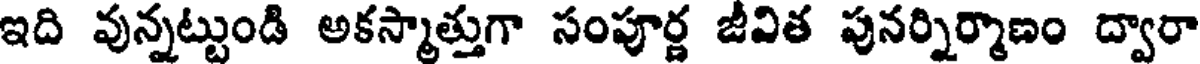
ఇది వున్నట్టుండి అకస్మాత్తుగా సంపూర్ణ జీవిత పునర్నిర్మాణం ద్వారా